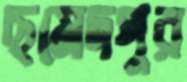
ছমেদপুর